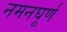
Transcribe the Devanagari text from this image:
नमनघूर्ण